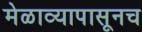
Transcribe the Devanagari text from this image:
मेळाव्यापासूनच